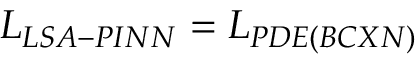
L _ { L S A - P I N N } = L _ { P D E ( B C X N ) }